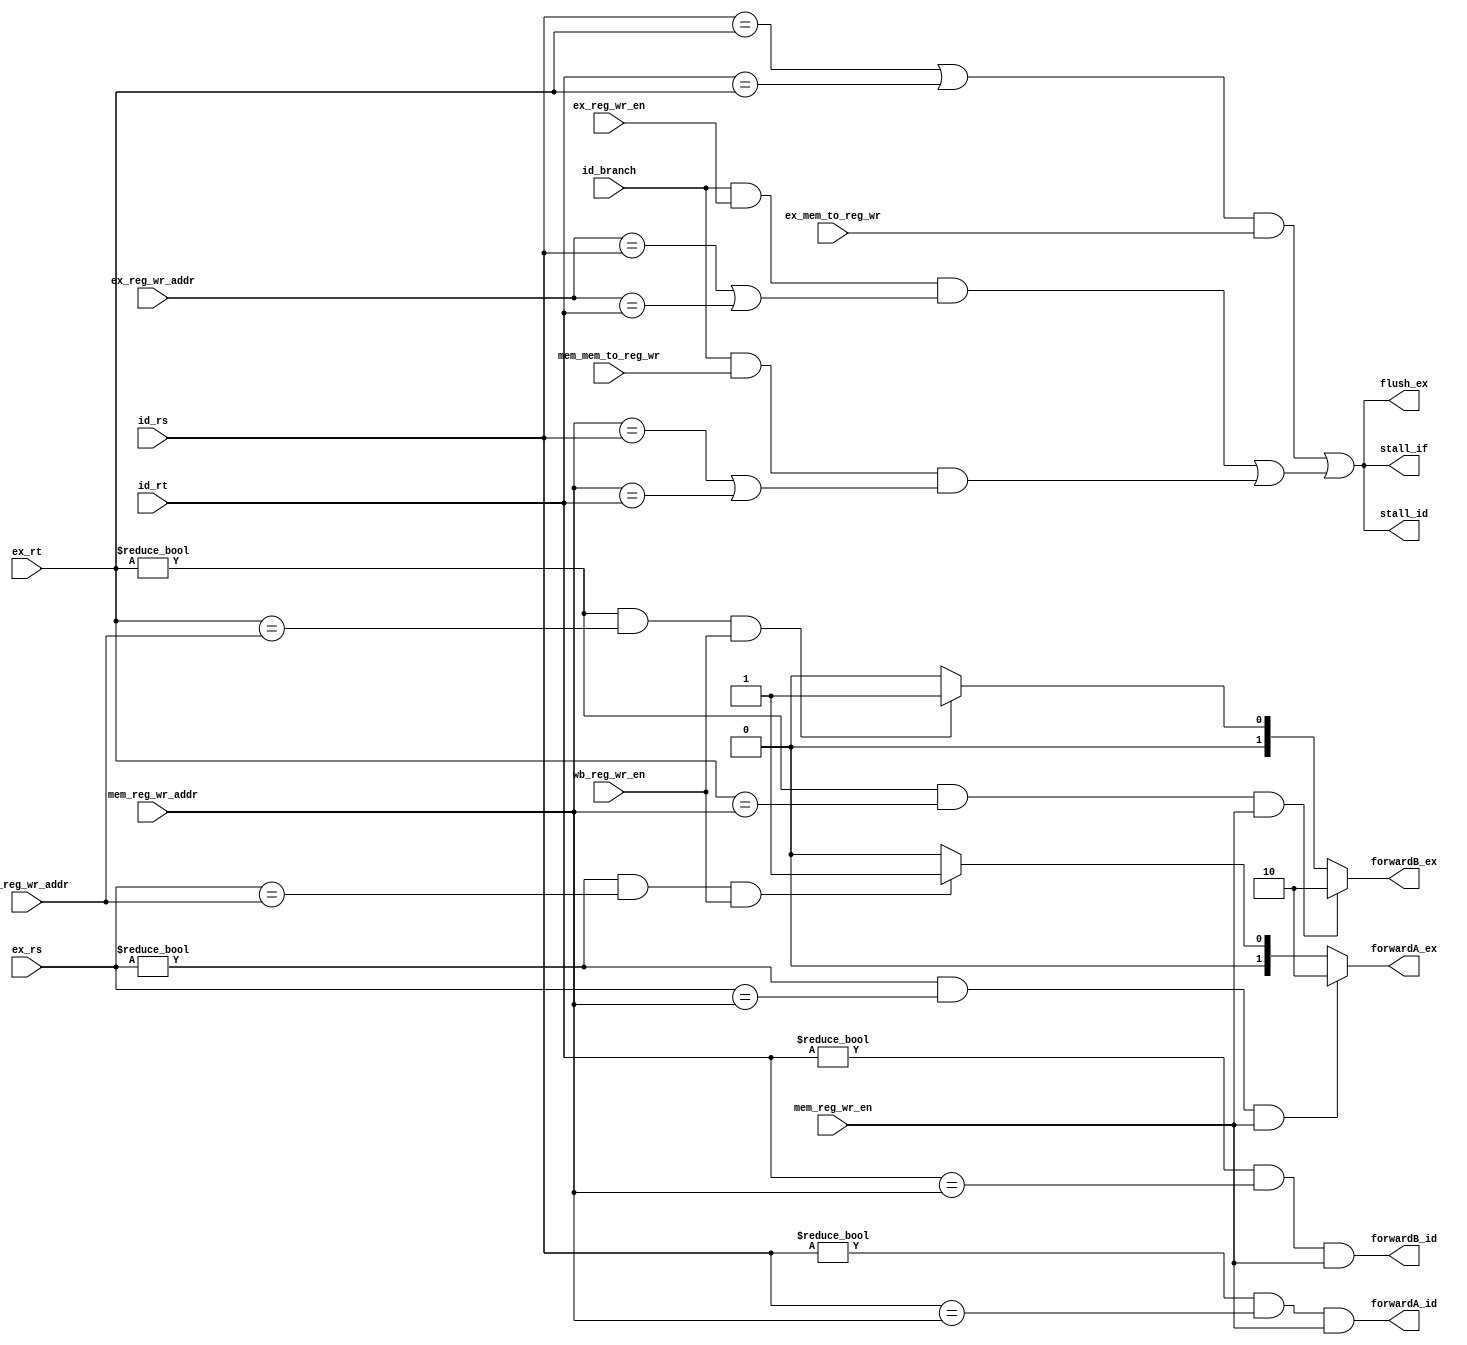
module hazard_unit #(parameter WIDTH=5)(
	input id_branch,
	input ex_mem_to_reg_wr,
	input mem_mem_to_reg_wr,
	input ex_reg_wr_en,
	input mem_reg_wr_en,
	input wb_reg_wr_en,
	input [WIDTH-1:0] id_rs,
	input [WIDTH-1:0] id_rt,
	input [WIDTH-1:0] ex_rs,
	input [WIDTH-1:0] ex_rt,
	input [WIDTH-1:0] ex_reg_wr_addr,
	input [WIDTH-1:0] mem_reg_wr_addr,
	input [WIDTH-1:0] wb_reg_wr_addr,
	output stall_if,
	output stall_id,
	output flush_ex,
	output [1:0] forwardA_ex,
	output [1:0] forwardB_ex,
	output forwardA_id,
	output forwardB_id
);

	wire branch_stall;
	wire lw_stall;
	
	assign branch_stall = (id_branch && ex_reg_wr_en && ((ex_reg_wr_addr == id_rs) || (ex_reg_wr_addr == id_rt)))
									|| (id_branch && mem_mem_to_reg_wr && ((mem_reg_wr_addr == id_rs) || (mem_reg_wr_addr == id_rt)));
									
	assign lw_stall = ((id_rs == ex_rt) || (id_rt == ex_rt)) && ex_mem_to_reg_wr;
	
	assign stall_id = lw_stall || branch_stall;
	assign stall_if = lw_stall || branch_stall;
	assign flush_ex = lw_stall || branch_stall;
	
	assign forwardA_ex = ((ex_rs != 0) && (ex_rs == mem_reg_wr_addr) && mem_reg_wr_en) ? 2'b10 :
									(((ex_rs != 0) && (ex_rs == wb_reg_wr_addr) && wb_reg_wr_en) ? 2'b01 :
									2'b00);
									
	assign forwardB_ex = ((ex_rt != 0) && (ex_rt == mem_reg_wr_addr) && mem_reg_wr_en) ? 2'b10 :
									(((ex_rt != 0) && (ex_rt == wb_reg_wr_addr) && wb_reg_wr_en) ? 2'b01 :
									2'b00);
									
	assign forwardA_id = ((id_rs != 0) && (id_rs == mem_reg_wr_addr) && mem_reg_wr_en);
	
	assign forwardB_id = ((id_rt != 0) && (id_rt == mem_reg_wr_addr) && mem_reg_wr_en);
	
endmodule